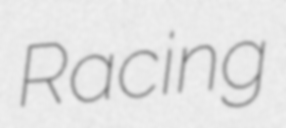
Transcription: Racing